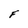
Character: F